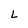
Character: L